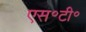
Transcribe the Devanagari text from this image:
एस॰टी॰